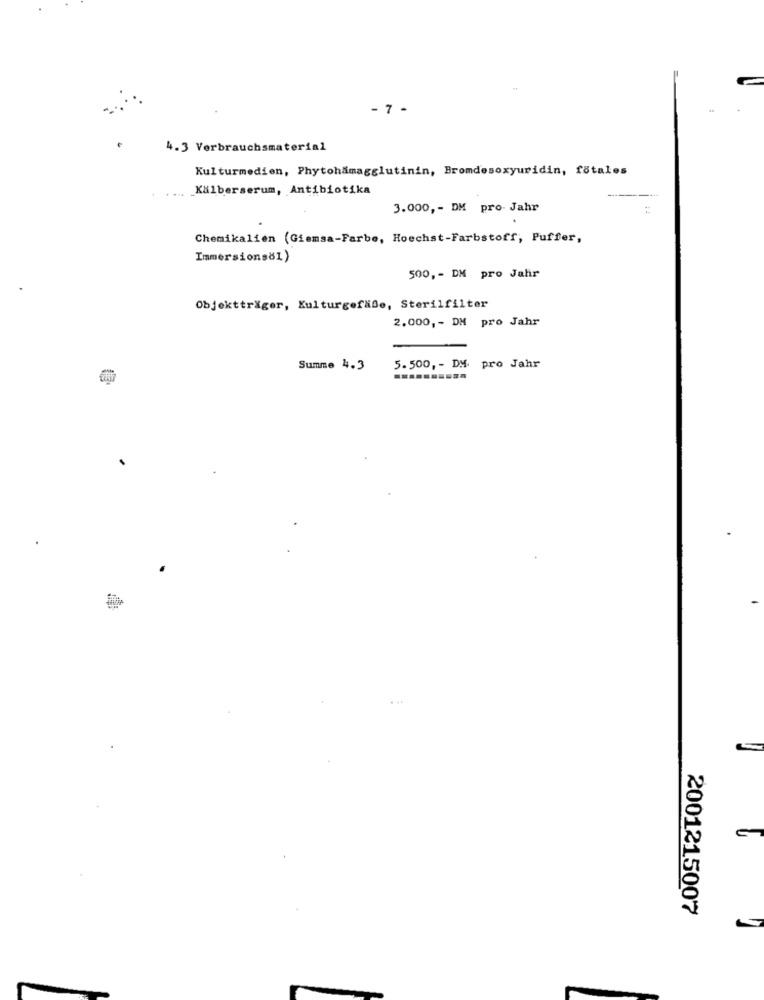
- 7 -
4.3 Verbrauchsmaterial
Kulturmedien, Phytohämagglutinin, Bromdesoxyuridin, fötales
Kalberserum, Antibiotika
....
3.000 ,- DM pro Jahr
Chemikalien (Giemsa-Farbe, Hoechst-Farbstoff, Puffer,
Immersionsöl)
500, - DM pro Jahr
Objektträger, Kulturgefäße, Sterilfilter
2.000, - DM pro Jahr
Summe 4.3
5.500, - DM. pro Jahr
2001215007